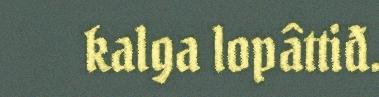
kalga lopâttiđ.